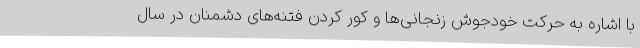
با اشاره به حرکت خودجوش زنجانی‌ها و کور کردن فتنه‌های دشمنان در سال